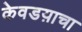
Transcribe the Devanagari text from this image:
केवडय़ाचा